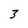
Character: 3